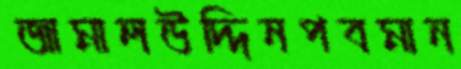
জামালউদ্দিনপবমান